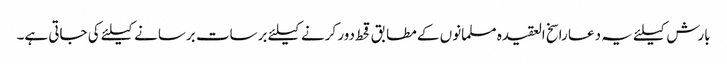
بارش کیلئے یہ دعا راسخ العقیدہ مسلمانوں کے مطابق قحط دور کرنے کیلئے برسات برسانے کیلئے کی جاتی ہے۔